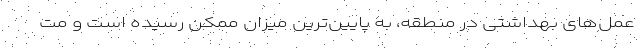
عمل‌های بهداشتی در منطقه، به پایین‌ترین میزان ممکن رسیده است و مت